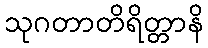
သုဂတာတိရိတ္တာနိ